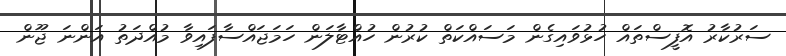
ސަރުކާރު އޮފީސްތައް ހުޅުވައިގެން މަސައްކަތް ކުރުން ހުއްޓާލަން ހަމަޖައްސާފައިވާ މުއްދަތު އަންނަ ޖޫން